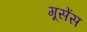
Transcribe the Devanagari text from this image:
गूसेंस